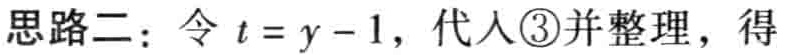
思路二：令 \(t = y - 1\)，代入\textcircled{3}并整理，得